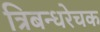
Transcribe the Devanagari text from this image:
त्रिबन्धरेचक